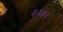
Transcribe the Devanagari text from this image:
३२५८